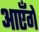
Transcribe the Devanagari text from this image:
आएँगें